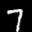
Label: 7